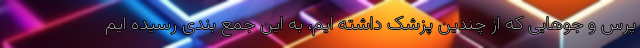
پرس و جوهایی که از چندین پزشک داشته ایم، به این جمع بندی رسیده ایم